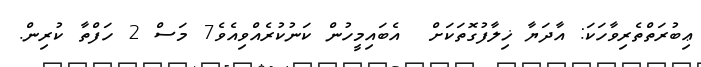
ޢިބުރަތްތެރިވާހަކަ: އާދަޔާ ޚިލާފުގޮތަކަށް  އެބައިމީހުން ކަނުކުރެއްވިއެވެ7 މަސް 2 ހަފްތާ ކުރިން.